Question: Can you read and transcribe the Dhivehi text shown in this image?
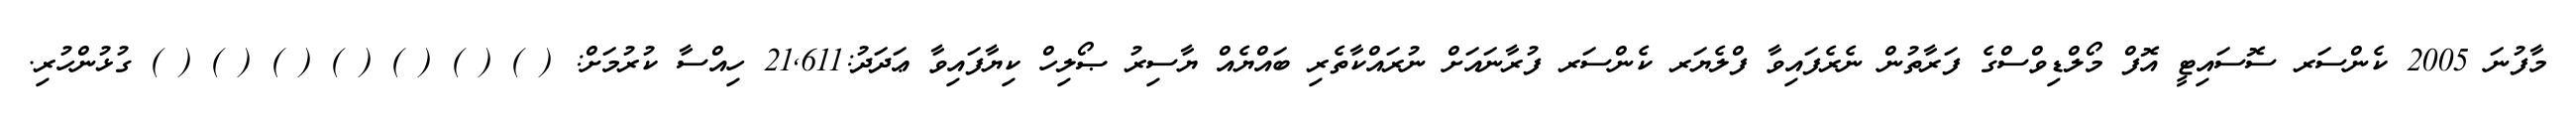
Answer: މާފުނަ 2005 ކެންސަރ ސޮސައިޓީ އޮފް މޯލްޑިވްސްގެ ފަރާތުން ނެރެފައިވާ ފްލެޔަރ ކެންސަރ ފުރާނައަށް ނުރައްކާތެރި ބައްޔެއް ޔާސިރު ޞޯލިހް ކިޔާފައިވާ ޢަދަދު:21,611 ހިއްސާ ކުރުމަށް: ( ) ( ) ( ) ( ) ( ) ( ) ( ) ގުޅުންހުރި.